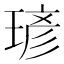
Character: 𪻾